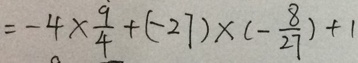
= - 4 \times \frac { 9 } { 4 } + ( - 2 7 ) \times ( - \frac { 8 } { 2 7 } ) + 1